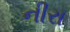
નીરા